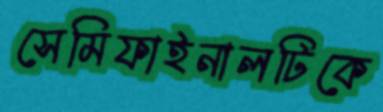
সেমিফাইনালটিকে